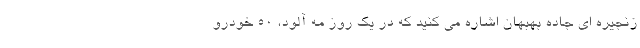
زنجیره ای جاده بهبهان اشاره می کنید که در یک روز مه آلود، 50 خودرو